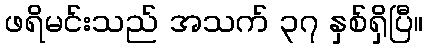
ဖရိမင်းသည် အသက် ၃၇ နှစ်ရှိပြီ။